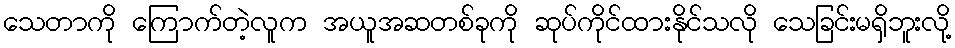
သေတာကို ကြောက်တဲ့လူက အယူအဆတစ်ခုကို ဆုပ်ကိုင်ထားနိုင်သလို သေခြင်းမရှိဘူးလို့